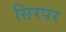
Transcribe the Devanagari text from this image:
सिरपर